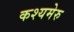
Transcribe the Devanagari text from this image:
कश्यमेरु